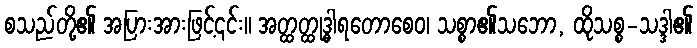
စသည်တို့၏ အပြားအားဖြင့်၎င်း။ အတ္ထတ္ထုဒ္ဓါရတောစေဝ၊ သစ္စာ၏သဘော, ထိုသစ္စ-သဒ္ဒါ၏